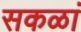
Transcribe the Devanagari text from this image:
सकळां